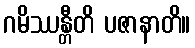
ဂမိဿန္တီတိ ပဇာနာတိ။